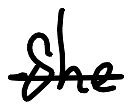
Text: She
Cross-out: single-line
Writing tool: digital_black